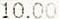
10.00